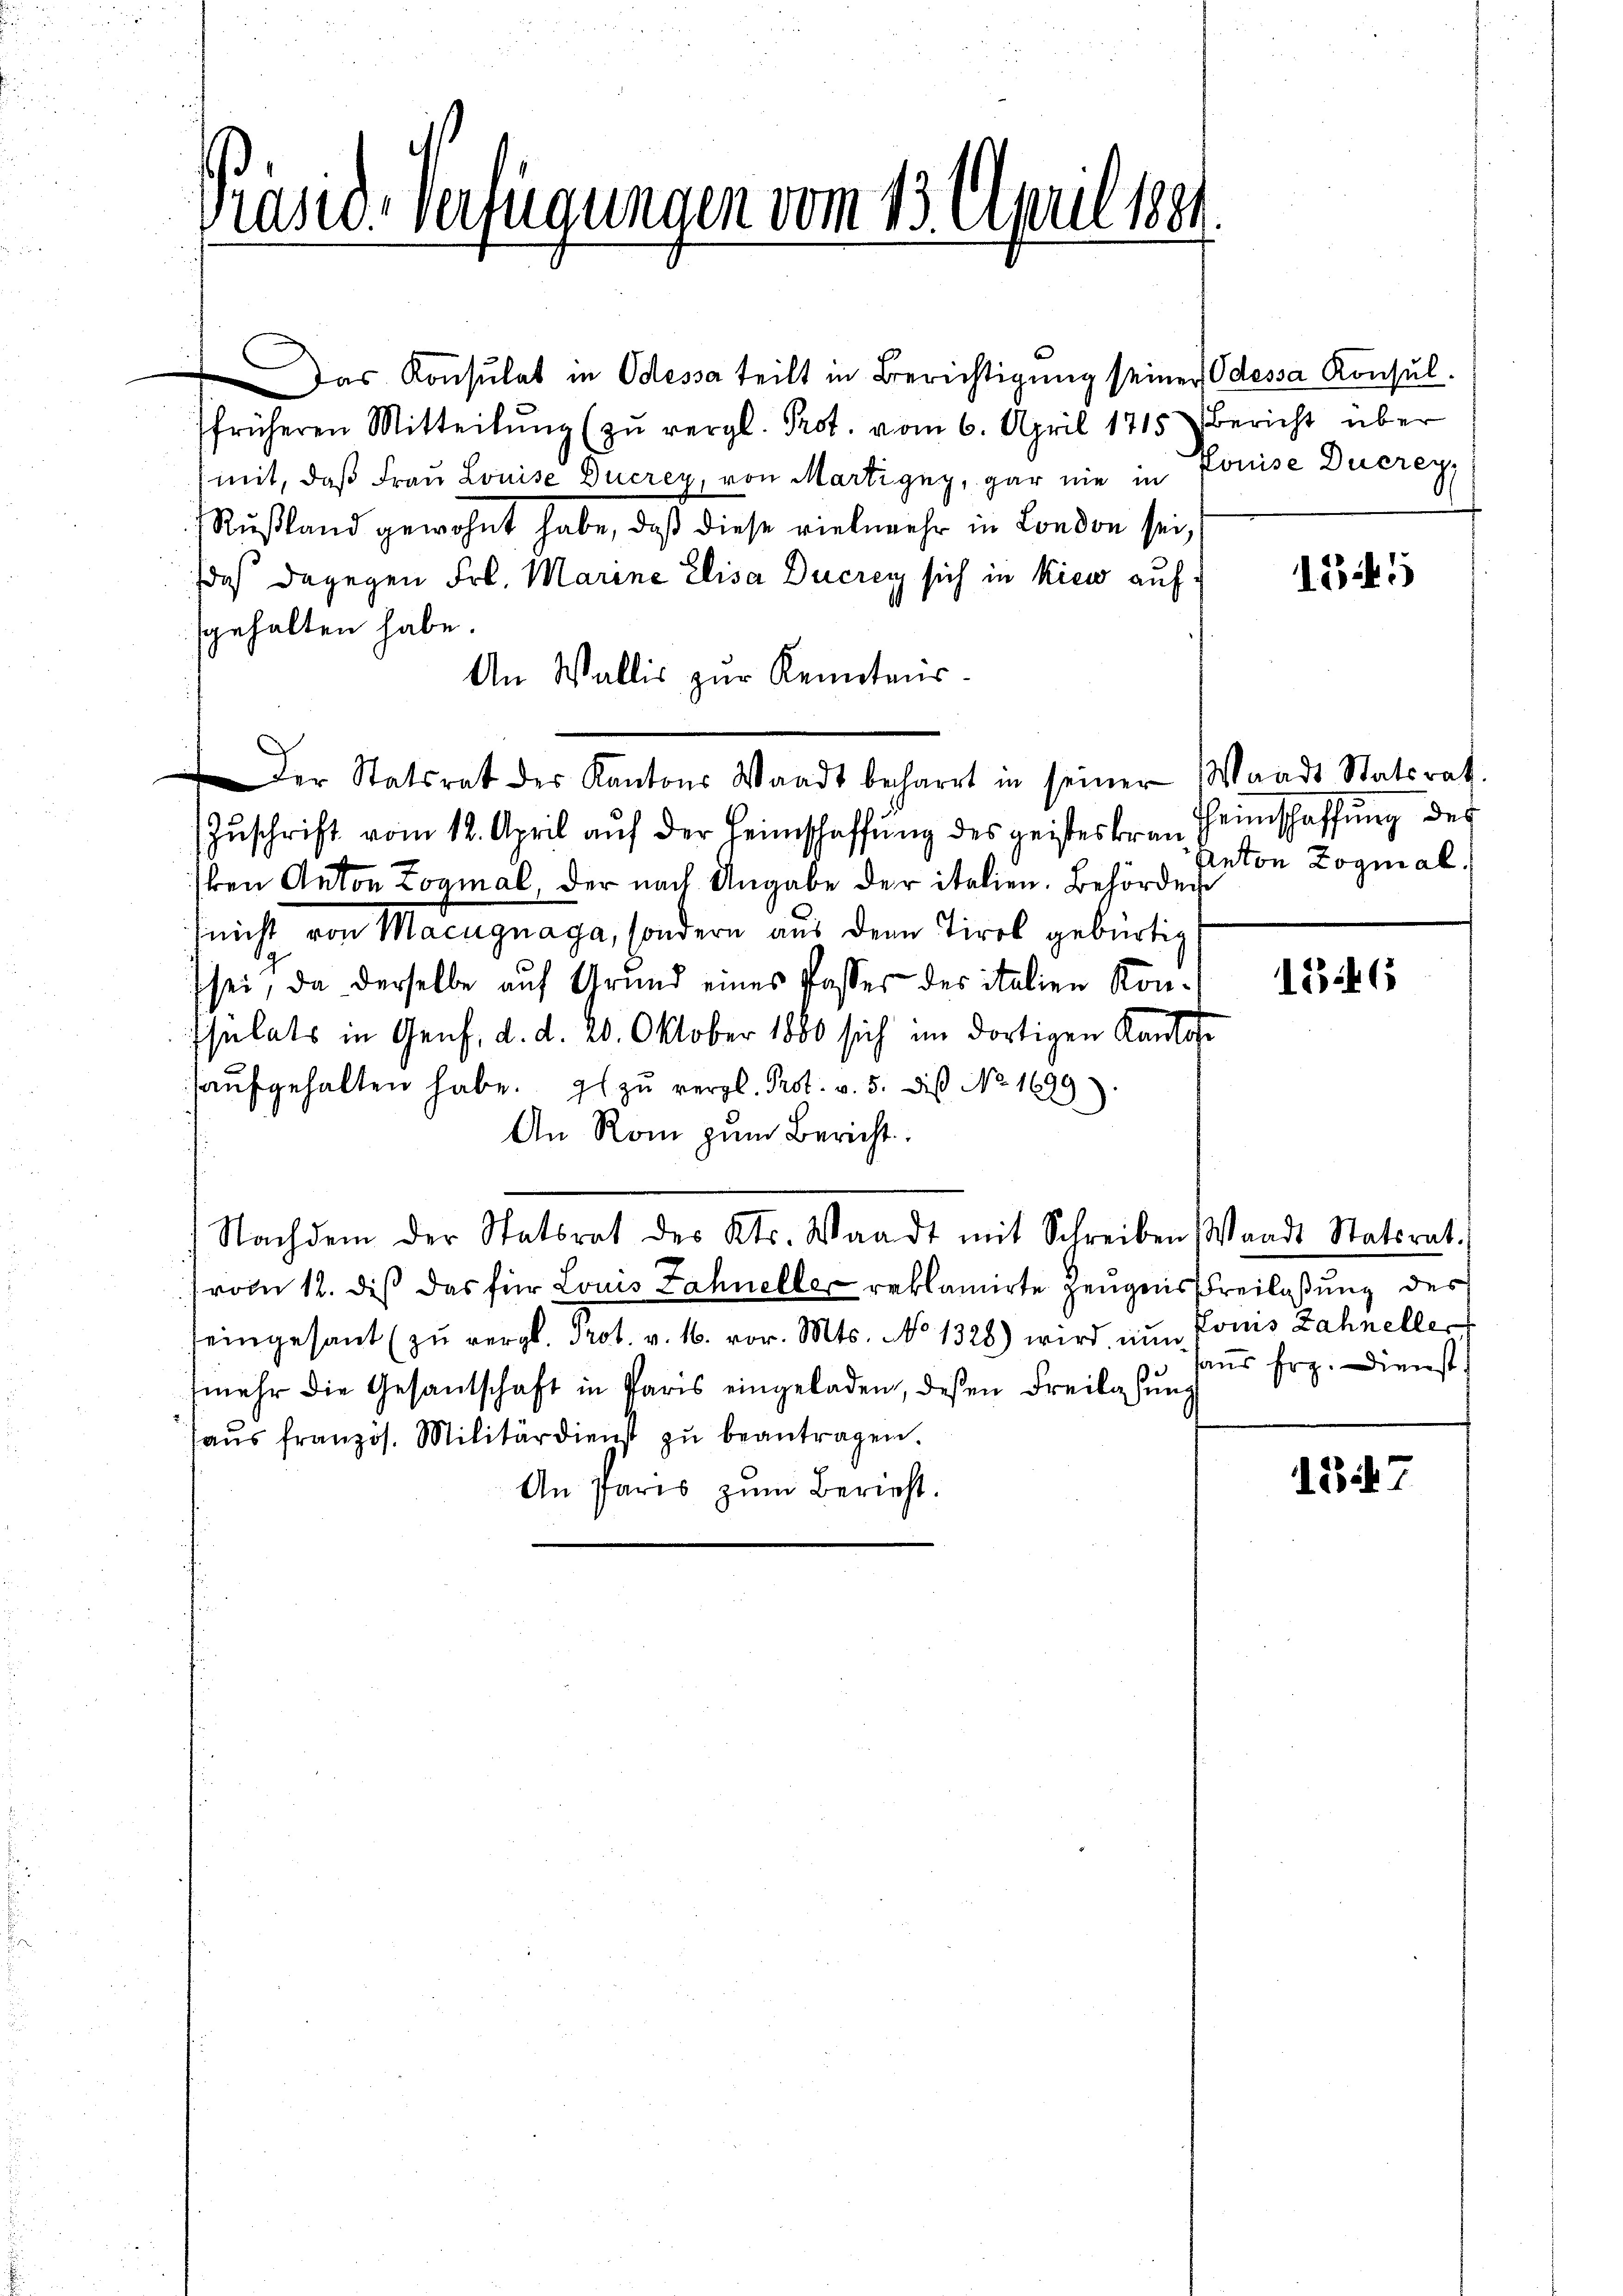
Präsid. Verfügungen vom 13. April 1881.

Das Konsulat in Odessa teilt in Berichtigung seiner Odessa Konsul-
früheren Mitteilŭng (zŭ vergl. Prot. vom 6. April 1715 bericht über
mit, daß Frau Louise Ducrey von Martigny, gar nie in Louise Ducrey,
Rußland gewohnt habe, daß diese vielmehr in London sei,
daß dagegen Frl. Marine Elisa Ducrey sich in Kies aufgehalten habe.
An Wallis zur Kenntnis¬
Der Statsrat der Kantons Waadt beharrt in seiner Waadt Statsrat.
Zŭschrift vom 12. April aŭf der Heimschaffŭng des geistes Frau Heinschaffung des
ken Anton Zogmal, der nach Angabe der italien. Behörder
(nicht von Macugnaga, sondern aus dem Tirol gebürtig
sei, da derselbe auf Grund eines Passer des italien Konssulats in Genf, d. d. 20. Oktober 1860 sich im dortigen Kanto
aŭfgehalten habe. Es zŭ vergl. Prot. v. 5. des No. 1699)
An Rom zum Bericht.
Nachdem der Statsrat des Kts. Waadt mit Schreiben Waadt Stattrat.
rom 12. diß das für Louis Fahneller reklamirte Zeugens Freilassung des
seingesant (zŭ vergl. Prot. v. 16. vor. Mts. No 1328) wird nun fonis Zahneller
mehr die Gesantschaft in Paris eingeladen, deßen Freilassŭng
haŭs französ. Militärdienst zŭ beantragen.
An Paris zŭm Bericht.

1345

Anton Zognal.

1346

aus Frz. Dienst

1347